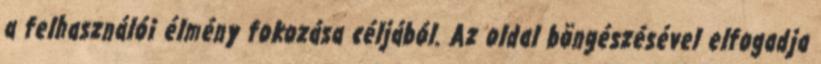
a felhasználói élmény fokozása céljából. Az oldal böngészésével elfogadja